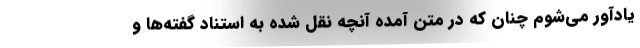
یادآور می‌شوم چنان که در متن آمده آنچه نقل شده به استناد گفته‌ها و